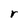
Character: r